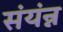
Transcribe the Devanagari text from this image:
संयंन्न